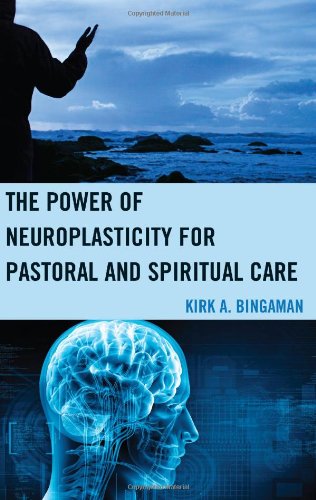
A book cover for The Power of Neuroplasticity for Pastoral and Spiritual Care; Kirk A. Bingaman; Christian Books & Bibles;